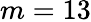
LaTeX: m=13